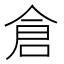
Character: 倉